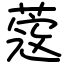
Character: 蔲